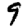
Digit: 9